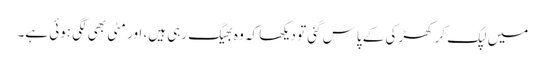
میں‌ لپک کر کھڑکی کے پاس گئی تو دیکھا کہ وہ بھیگ رہی ہیں، اور مٹی بھی لگی ہوئی ہے۔